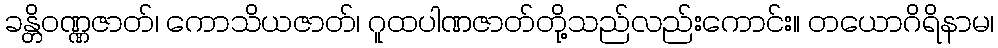
ခန္တိဝဏ္ဏဇာတ်၊ ကောသိယဇာတ်၊ ဂူထပါဏဇာတ်တို့သည်လည်းကောင်း။ တယောဂိရိနာမ၊